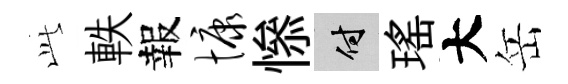
𬼘軼報慷𢡖付瑤大岳